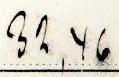
32,46